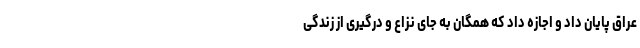
عراق پایان داد و اجازه داد که همگان به جای نزاع و درگیری از زندگی